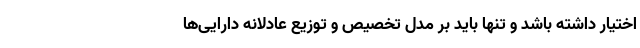
اختیار داشته باشد و تنها باید بر مدل تخصیص و توزیع عادلانه دارایی‌ها